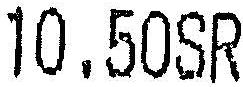
10.50SR